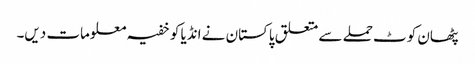
پٹھان کوٹ حملے سے متعلق پاکستان نے انڈیا کو خفیہ معلومات دیں۔